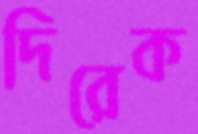
দিরেক